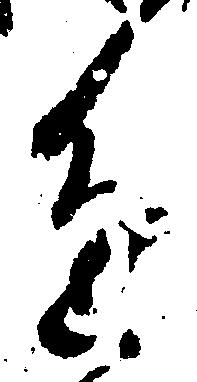
進